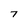
Character: 7